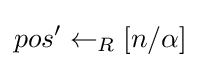
pos'\leftarrow _{R}[n/\alpha ]